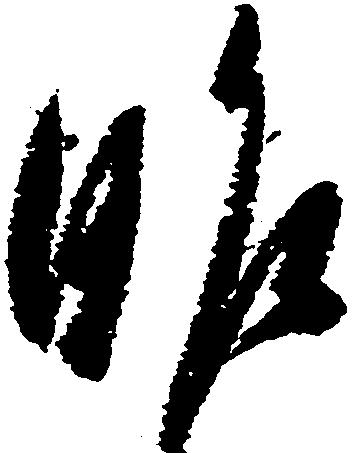
昨